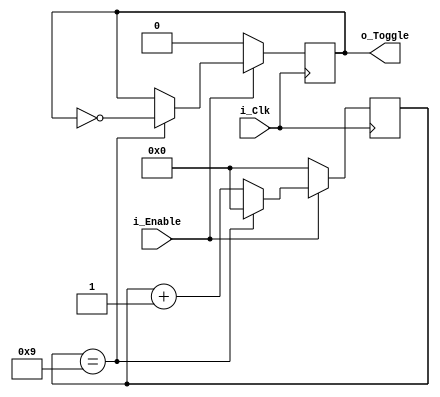
// Counts up to COUNT_LIMIT clock cycles when i_Enable is high.
// When COUNT_LIMIT clocs occur, will toggle o_Toggle output. 
// Can reset the state of o_Toggle to 0 by disabling i_Enable
`ifndef Count_And_Toggle_
`define Count_And_Toggle_ 1
module Count_And_Toggle #(
    parameter COUNT_LIMIT = 10
) (
    input i_Clk,
    input i_Enable,
    output reg o_Toggle
);

  // Create the signal to do the actual counting
  // Subtract 1, since counter starts at 0
  reg [$clog2(COUNT_LIMIT-1):0] r_Counter = 0;

  // This always block toggles the output at desired frequency   
  always @(posedge i_Clk) begin
    if (i_Enable == 1'b1) begin
      if (r_Counter == COUNT_LIMIT - 1) begin
        o_Toggle  <= !o_Toggle;
        r_Counter <= 0;
      end else r_Counter <= r_Counter + 1;
    end else begin
      o_Toggle  <= 1'b0;
      r_Counter <= 0;
    end
  end

endmodule
`endif